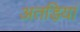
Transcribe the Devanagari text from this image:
अतड़ियां